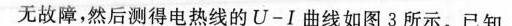
无故障，然后测得电热线的U-I曲线如图3所示。已知